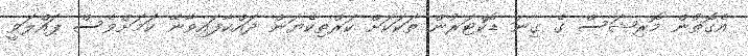
އެގޮތުން މޮރިޝަސް ގެ ގިނަ ޑޮކްޓަރުން ތަކަކަށް ކަރްތިކެޔަން ދައްކާފައިވާނޭ ކަމަށްވެސް ޕައްލަވީ